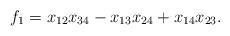
LaTeX: \begin{align*}f_1 = x_{12}x_{34}- x_{13}x_{24} + x_{14}x_{23}.\end{align*}